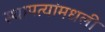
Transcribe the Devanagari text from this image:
स्थापत्यांमधली